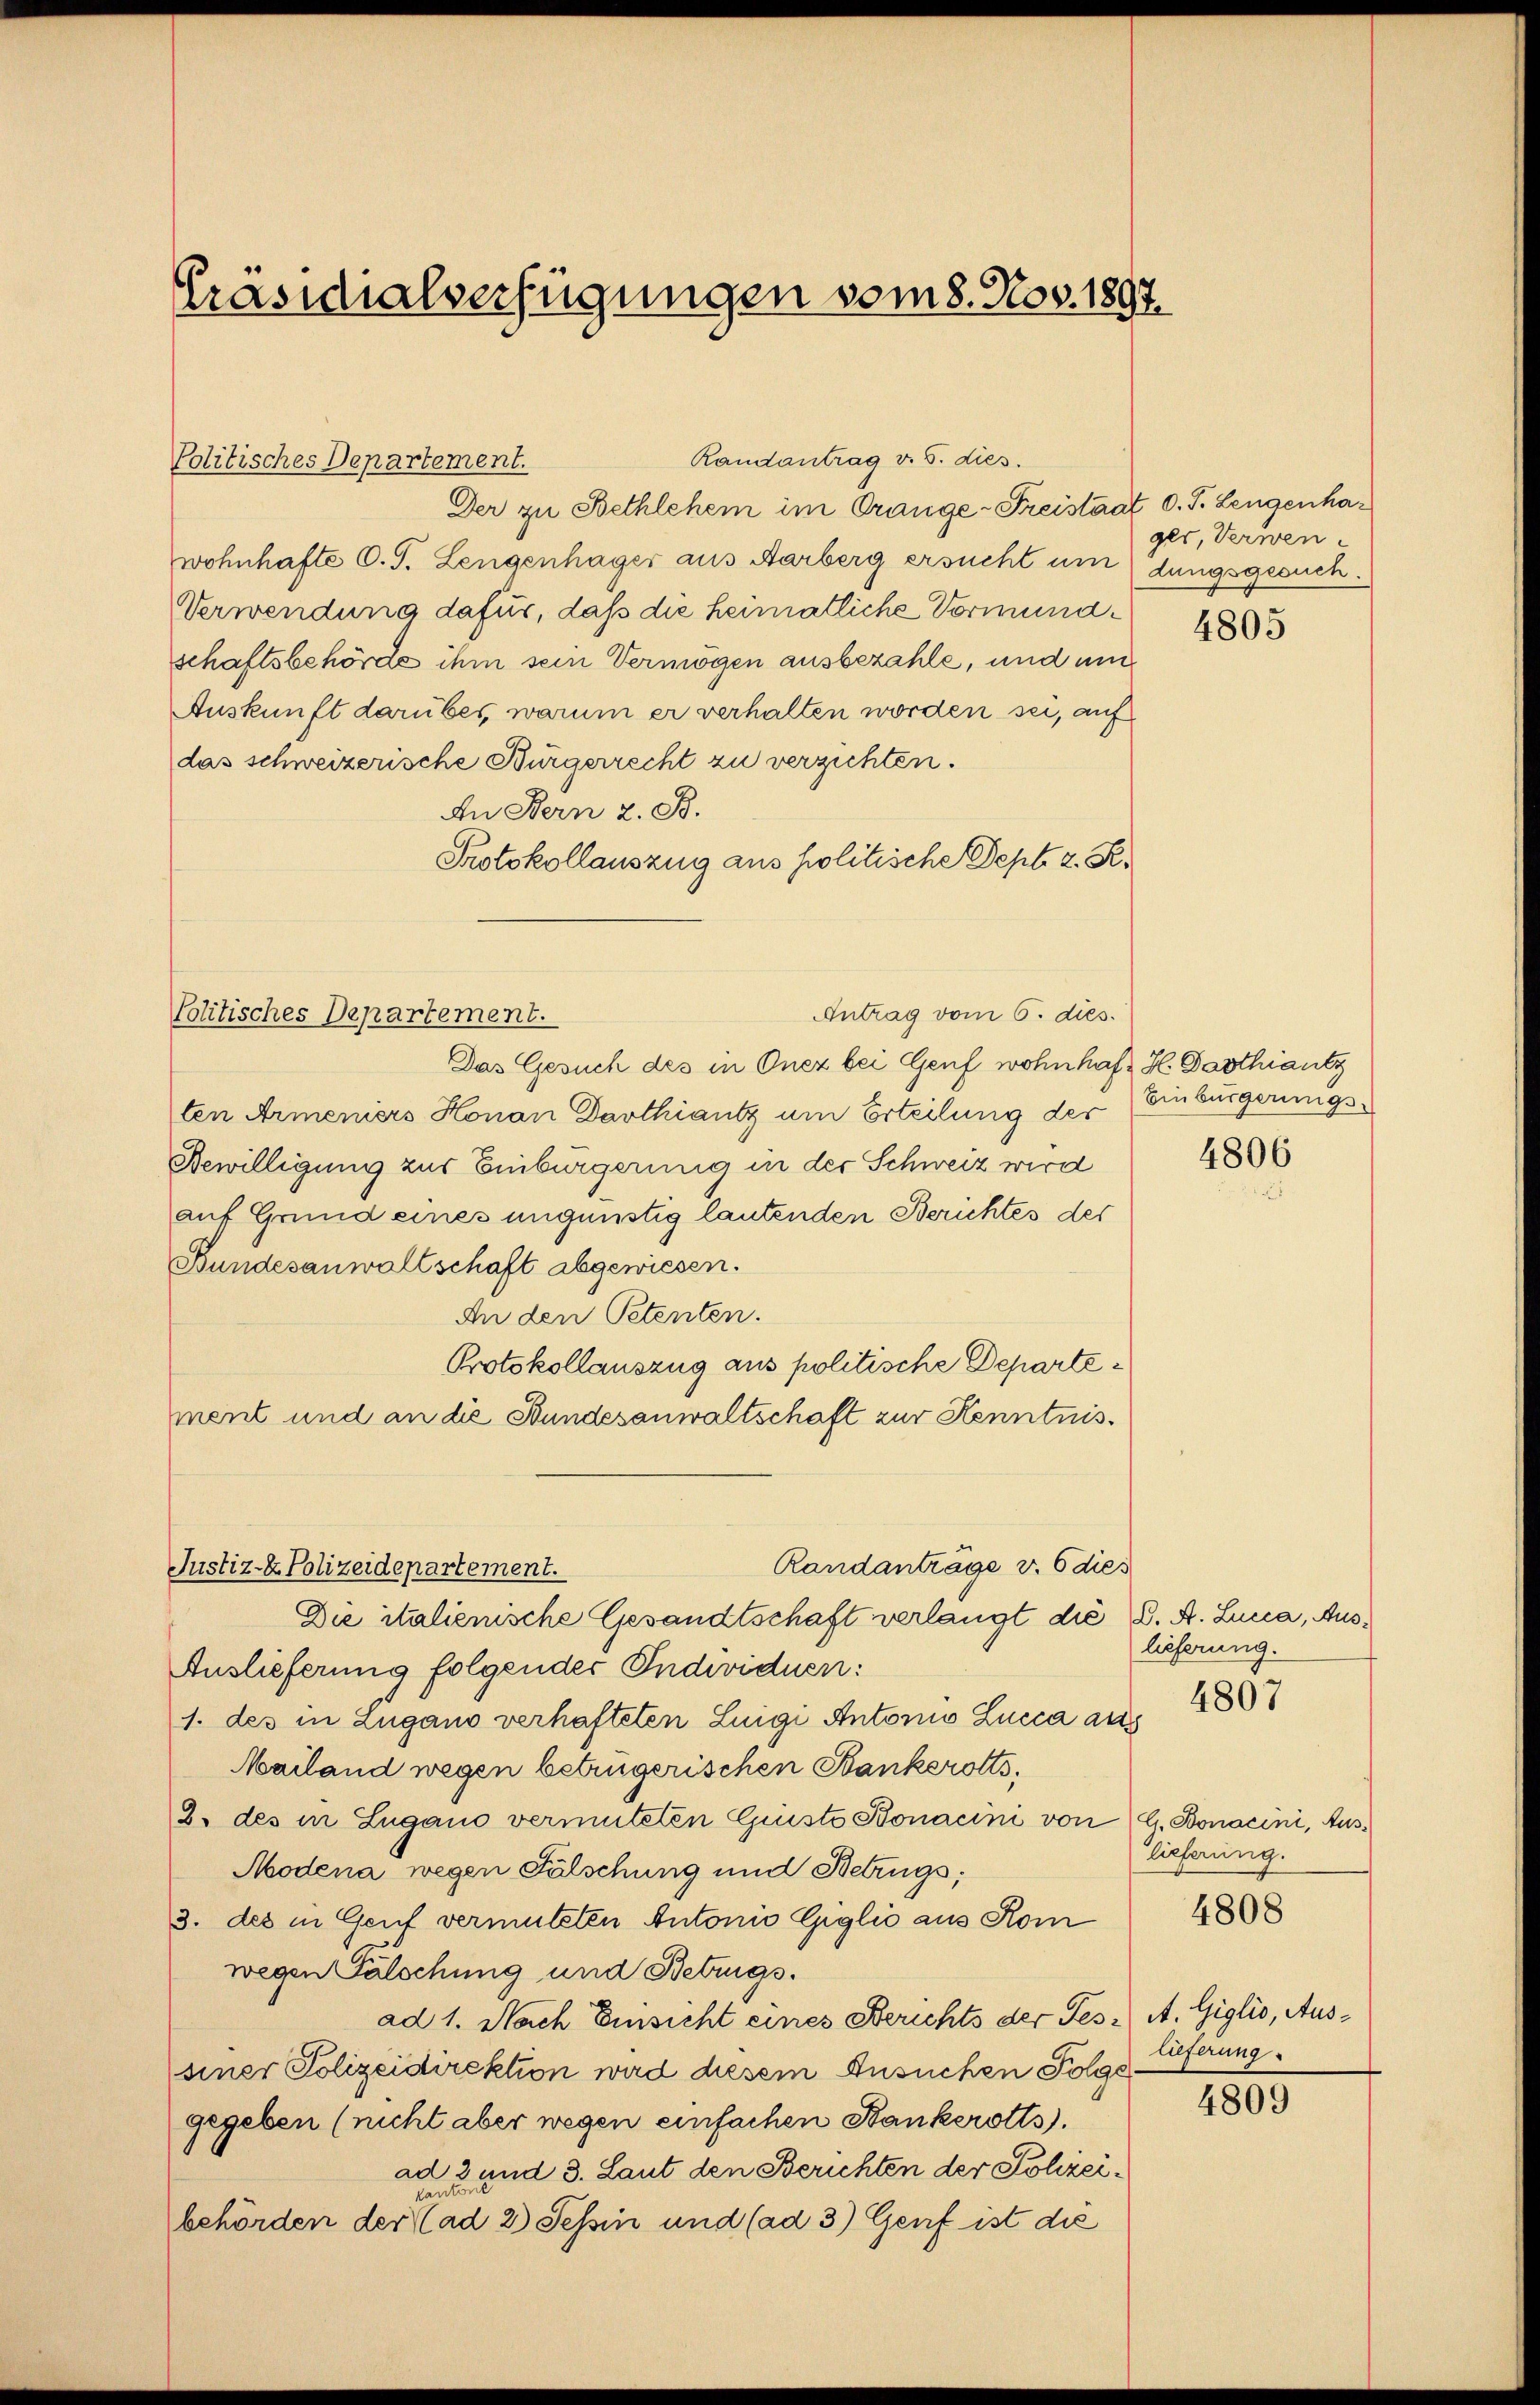
Präsidialverfügungen vom 8. Nov. 1897.

Politisches Departement.

Der zu Bethlehen im Orange-Freistaat d. J. Lengenhawohnhafte C. J. Lengenhäger aus Aarberg ersucht umdungsgesuch¬
Verwendung dafür, daß die heimatliche Vormundschaftsbehörde ihm sein Vermögen ausbezahle, und um
Auskunft darüber, warum er verhalten worden sei, auf
das schweizerische Bürgerrecht zu verzichten.
An Bern z. B.
Protokollauszug aus politische Septe 2. K.
Das Gesuch des in Onez bei Genf wohnhaft H. Dasthiantz
ten Armeniers Honan Darthiantz um Erteilung des
Bewilligung zur Einburgerung in der Schweiz wird
auf Grund eines ungünstig lautenden Berichtes der
Bundesanwaltschaft abgewiesen.
An den Petenten.
Protokollauszug aus politische Departement und an die Bundesanwaltschaft zur Kenntnis¬
Randanträge v. 6 dies
Justiz- & Polizeidepartement.
Die italienische Gesandtschaft verlangt die K. A. Lucca, Aus¬
Auslieferung folgender Individuen:
1. des in Zugano verhafteten Luigi Antonio Lucca aus
Mailand wegen betrügerischen Bankerotts,
2. des in Lugano vermuteten Griste Bonacini von G. Bonacini, Aus¬
Modena wegen Fälschung und Betrugs;
3. des in Genf vermuteten Antonio Giglio aus Kom
wegen Fälschung und Betrugs.
ad 1. Nach Einsicht eines Berichts der Fes. A. Giglio, Aussiner Polizeidirektion wird diesem Ansuchen Folge
gegeben (nicht aber wegen einfachen Bankerotts).
ad 2 und 3. Laut den Berichten der Polizeibehörden der ad 2.) Tessin und (ad 3) Genf ist die

Politisches Departement.

Randantrag v. 5. dies.

Antrag vom 6. dies

ges, Verwen¬

4805

Einbürgerungs-

4806

lieferung.
4807

lieferung.

4808

lieferung

4809